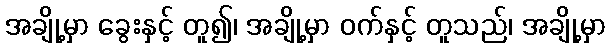
အချို့မှာ ခွေးနှင့် တူ၍၊ အချို့မှာ ဝက်နှင့် တူသည်၊ အချို့မှာ